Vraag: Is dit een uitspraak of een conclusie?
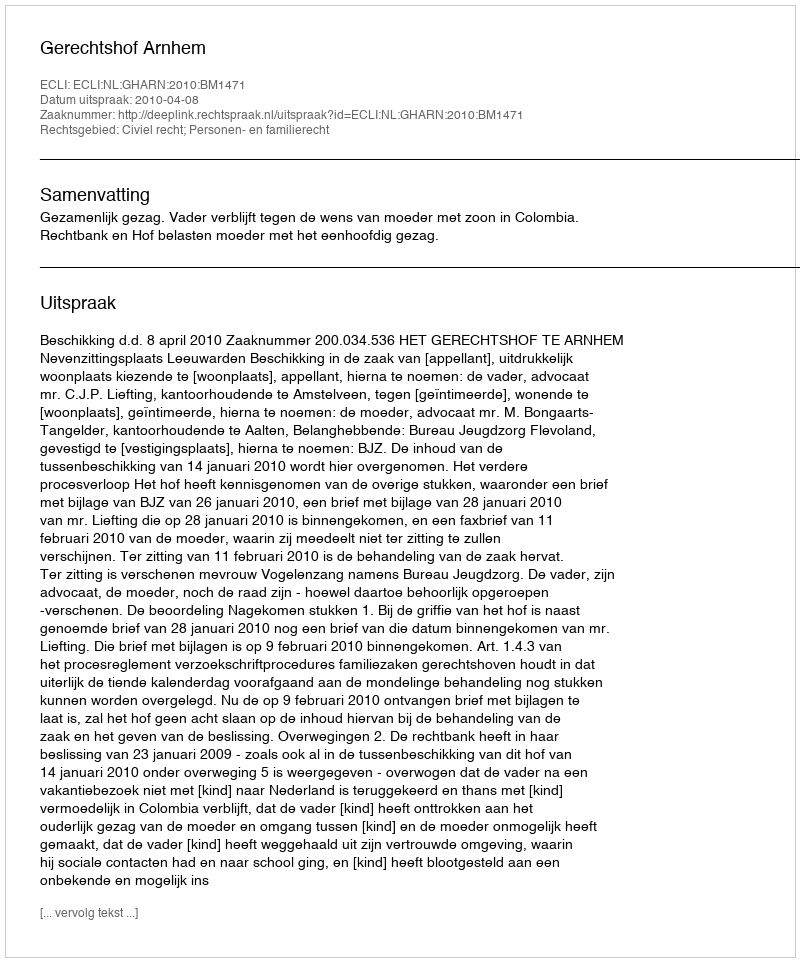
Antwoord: Uitspraak